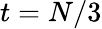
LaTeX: t=N/3